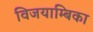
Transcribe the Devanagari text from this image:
विजयाम्बिका